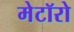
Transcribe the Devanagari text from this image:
मेटॉरो